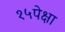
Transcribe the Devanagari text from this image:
१५पेक्षा